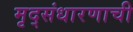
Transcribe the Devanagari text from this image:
मृद्संधारणाची